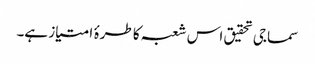
سماجی تحقیق اس شعبہ کا طرۂ امتیاز ہے۔